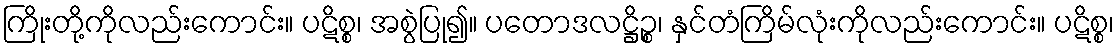
ကြိုးတို့ကိုလည်းကောင်း။ ပဋိစ္စ၊ အစွဲပြု၍။ ပတောဒလဋ္ဌိဉ္စ၊ နှင်တံကြိမ်လုံးကိုလည်းကောင်း။ ပဋိစ္စ၊